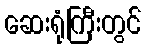
ဆေးရုံကြီးတွင်